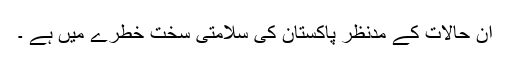
ان حالات کے مدِنظر پاکستان کی سلامتی سخت خطرے میں ہے ۔